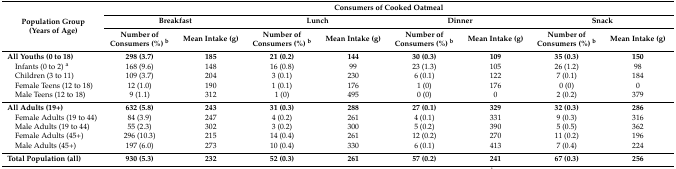
| <ROWSPAN=3> Population Group (Years of Age) | <COLSPAN=8> Consumers of Cooked Oatmeal |
 | <COLSPAN=2> Breakfast | <COLSPAN=2> Lunch | <COLSPAN=2> Dinner | <COLSPAN=2> Snack |
 | Number of Consumers (%) b | Mean Intake (g) | Number of Consumers (%) b | Mean Intake (g) | Number of Consumers (%) b | Mean Intake (g) | Number of Consumers (%) b | Mean Intake (g) |
 | --- | --- | --- | --- | --- | --- | --- | --- | --- |
 | All Youths (0 to 18) | 298 (3.7) | 185 | 21 (0.2) | 144 | 30 (0.3) | 109 | 35 (0.3) | 150 |
 | Infants (0 to 2) a | 168 (9.6) | 148 | 16 (0.8) | 99 | 23 (1.3) | 105 | 26 (1.2) | 98 |
 | Children (3 to 11) | 109 (3.7) | 204 | 3 (0.1) | 230 | 6 (0.1) | 122 | 7 (0.1) | 184 |
 | Female Teens (12 to 18) | 12 (1.0) | 190 | 1 (0.1) | 176 | 1 (0) | 176 | 0 (0) | 0 |
 | Male Teens (12 to 18) | 9 (1.1) | 312 | 1 (0) | 495 | 0 (0) | 0 | 2 (0.2) | 379 |
 | All Adults (19+) | 632 (5.8) | 243 | 31 (0.3) | 288 | 27 (0.1) | 329 | 32 (0.3) | 286 |
 | Female Adults (19 to 44) | 84 (3.9) | 247 | 4 (0.2) | 261 | 4 (0.1) | 331 | 9 (0.3) | 316 |
 | Male Adults (19 to 44) | 55 (2.3) | 302 | 3 (0.2) | 300 | 5 (0.2) | 390 | 5 (0.5) | 362 |
 | Female Adults (45+) | 296 (10.3) | 215 | 14 (0.4) | 261 | 12 (0.2) | 270 | 11 (0.2) | 196 |
 | Male Adults (45+) | 197 (6.0) | 273 | 10 (0.4) | 330 | 6 (0.1) | 413 | 7 (0.4) | 224 |
 | Total Population (all) | 930 (5.3) | 232 | 52 (0.3) | 261 | 57 (0.2) | 241 | 67 (0.3) | 256 |